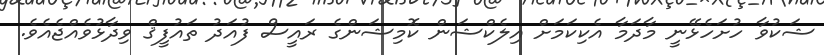
ޝަކުވާ ހުށަހެޅޭނީ މާދަމާ އެކިކަމަށް އިލެކްޝަން ކޮމިޝަންގެ ރައީސް ފުއަދު ތައުފީޤް ވިދާޅުވެއްޖެއެވެ.